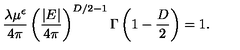
\frac { \lambda \mu ^ { \epsilon } } { 4 \pi } \left( \frac { | E | } { 4 \pi } \right) ^ { { D } / 2 - 1 } \Gamma \left( 1 - \frac { D } { 2 } \right) = 1 .